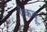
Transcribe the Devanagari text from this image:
ऐकवू